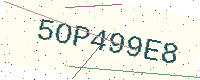
Text: 5OP499E8